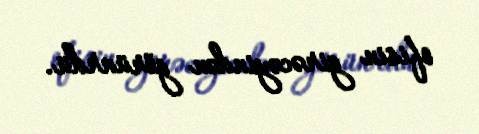
ofisin girəcəyindən görünrdü.